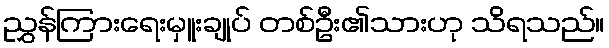
ညွှန်ကြားရေးမှူးချုပ် တစ်ဦး၏သားဟု သိရသည်။